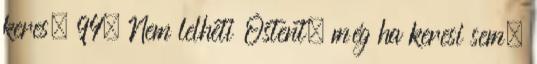
keres. 94. Nem lelheti Őstent, még ha keresi sem.